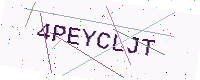
Text: 4PEYCLJT